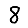
Digit: 8